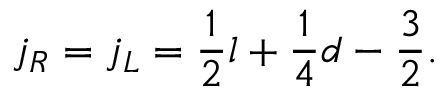
j _ { R } = j _ { L } = \frac { 1 } { 2 } l + \frac { 1 } { 4 } d - \frac { 3 } { 2 } .